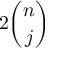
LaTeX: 2 { \binom { n } { j } }